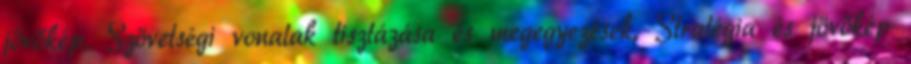
jövőkép, Szövetségi vonalak tisztázása és megegyezések, Stratégia és jövőkép